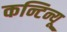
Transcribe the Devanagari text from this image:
कन्टिन्यू